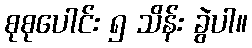
စုစုပေါင်း ၅ သိန်း ခွဲပါ။